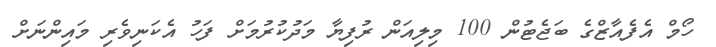
ހޯމް އެފެއާޒްގެ ބަޖެޓުން 100 މިލިއަން ރުފިޔާ މަދުކުރުމަށް ފަހު އެކަނިވެރި މައިންނަށް